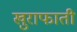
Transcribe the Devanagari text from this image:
खुराफाती